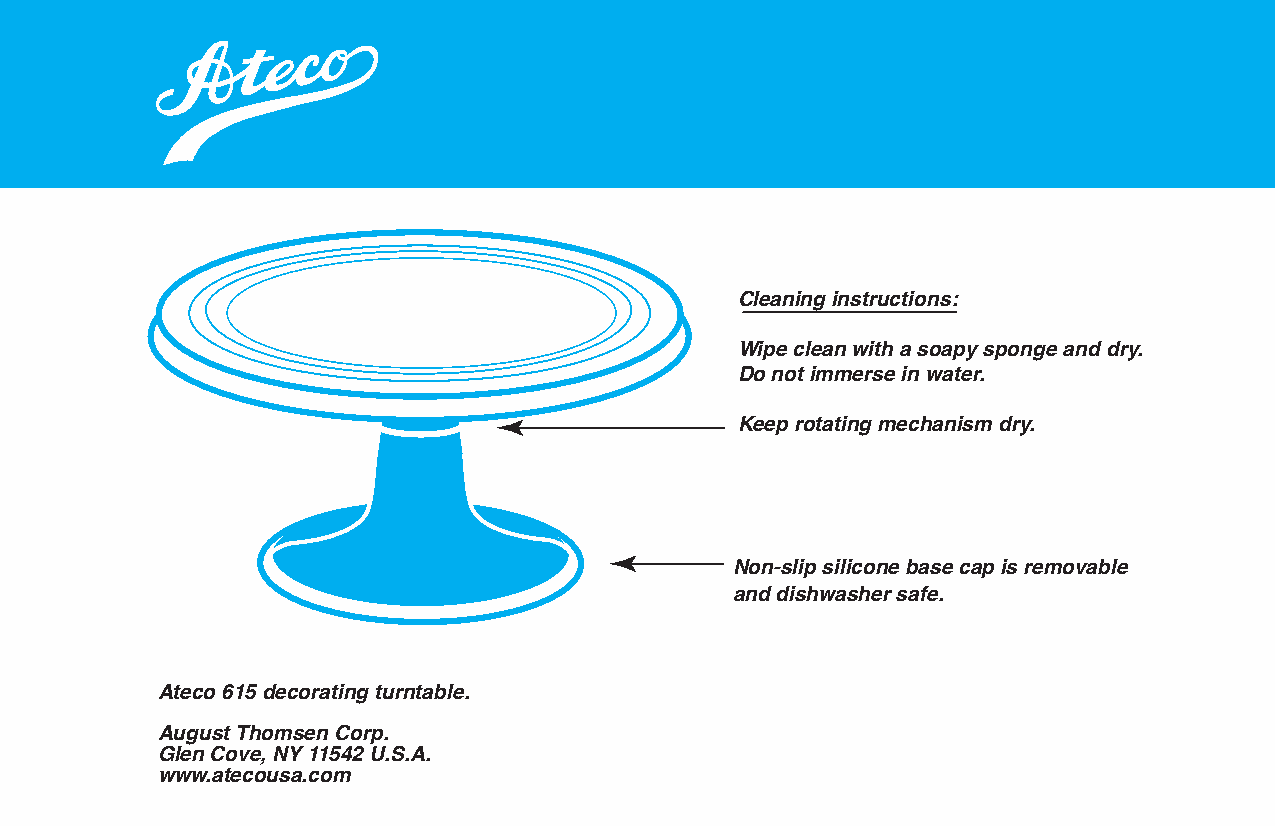
Cleaning instructions:
 Wipe clean with a soapy sponge and dry.
 Do not immerse in water.
 Keep rotating mechanism dry.
 Non-slip silicone base cap is removable
 and dishwasher safe.
 Ateco 615 decorating turntable.
 August Thomsen Corp.
 Glen Cove, NY 11542 U.S.A.
 www.atecousa.com